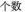
个数